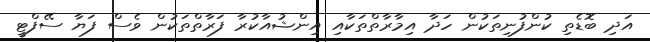
އަދި ބޮޑެތި ކުންފުނިތަކުން ހަދާ އިމާރާތްތަކާއި އިންޝުއާކުރާ ފަރާތްތަކުން ވެސް ފަޔާ ސޭފްޓީ